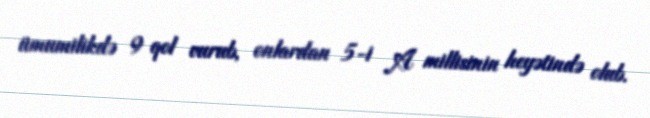
ümumilikdə 9 qol vurub, onlardan 5-i A millisinin heyətində olub.